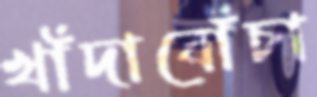
খাঁদাবোঁচা